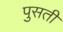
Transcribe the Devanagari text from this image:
पुसती